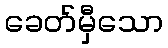
ခေတ်မှီသော